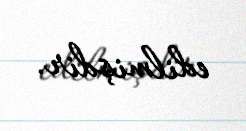
edilmişdir.